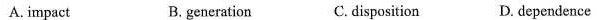
A. impact B. generation C.disposition D. dependence